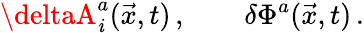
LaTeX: \deltaA_{\mathit{i}}^{a}(\vec{{x}},t)\, ,\qquad\delta\Phi^{a}(\vec{{x}},t)\, .